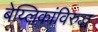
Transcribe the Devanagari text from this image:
बेय्लिकांविरुद्ध